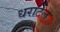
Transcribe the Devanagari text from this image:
धराटल